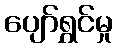
ပျော်ရွှင်မှု